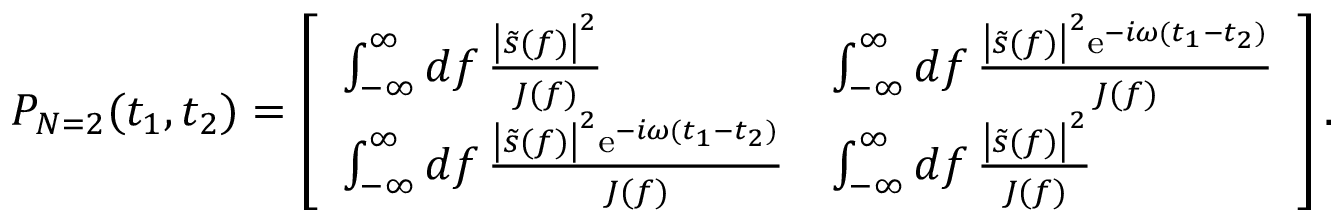
P _ { N = 2 } ( t _ { 1 } , t _ { 2 } ) = \left[ \begin{array} { l l } { \int _ { - \infty } ^ { \infty } \mathop { d f } \frac { \left| \tilde { s } ( f ) \right| ^ { 2 } } { J ( f ) } } & { \int _ { - \infty } ^ { \infty } \mathop { d f } \frac { \left| \tilde { s } ( f ) \right| ^ { 2 } \mathrm { e } ^ { - i \omega ( t _ { 1 } - t _ { 2 } ) } } { J ( f ) } } \\ { \int _ { - \infty } ^ { \infty } \mathop { d f } \frac { \left| \tilde { s } ( f ) \right| ^ { 2 } \mathrm { e } ^ { - i \omega ( t _ { 1 } - t _ { 2 } ) } } { J ( f ) } } & { \int _ { - \infty } ^ { \infty } \mathop { d f } \frac { \left| \tilde { s } ( f ) \right| ^ { 2 } } { J ( f ) } } \end{array} \right] .